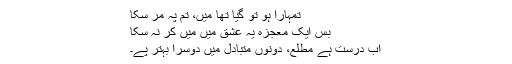
تمہارا ہو تو گیا تھا میں، تم پہ مر سکا
بس ایک معجزہ یہ عشق میں میں کر نہ سکا
اب درست ہے مطلع، دونوں متبادل میں دوسرا بہتر پے۔